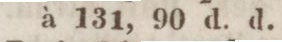
à 131, 90 d. d.